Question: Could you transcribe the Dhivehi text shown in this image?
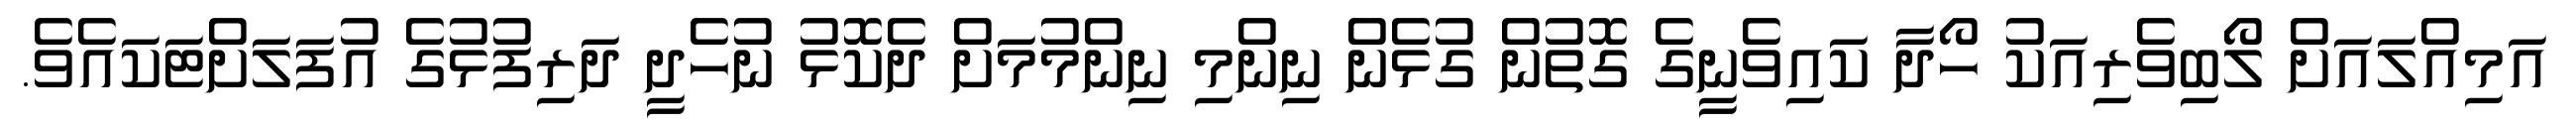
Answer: އަމިއްލައަށް ލޯބިވެރިއަކު ހޯދާ ކައިވެނީގެ ގޮތުން ގުޅެން ނިންމި ނިންމުމަށް ދެކޮޅު ނުހެދީ ދަރިފުޅުގެ އުފަލަށްޓަކައެވެ.